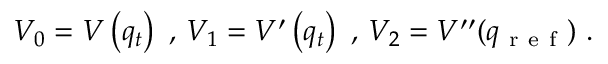
V _ { 0 } = V \left( q _ { t } \right) \mathrm { ~ , ~ } V _ { 1 } = V ^ { \prime } \left( q _ { t } \right) \mathrm { ~ , ~ } V _ { 2 } = V ^ { \prime \prime } ( q _ { \mathrm { ~ r ~ e ~ f ~ } } ) \mathrm { ~ . ~ }